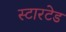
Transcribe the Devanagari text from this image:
स्टारटेड